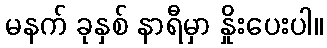
မနက် ခုနှစ် နာရီမှာ နှိုးပေးပါ။